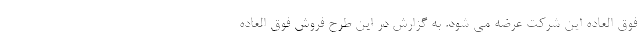
فوق العاده این شرکت عرضه می شود. به گزارش در این طرح فروش فوق العاده